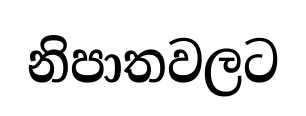
නිපාතවලට